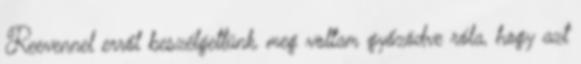
Reevennel erről beszélgettünk, meg voltam győzödve róla, hogy azt